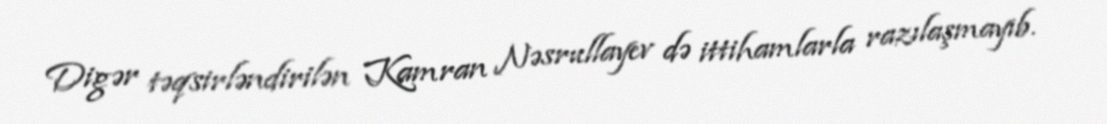
Digər təqsirləndirilən Kamran Nəsrullayev də ittihamlarla razılaşmayıb.